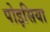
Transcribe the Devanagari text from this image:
पोइसिया